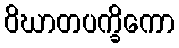
ဝိဃာတပက္ခိကော